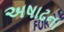
અષાઢના